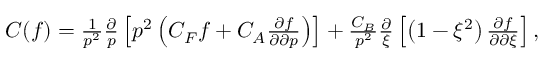
\begin{array} { r } { C ( f ) = \frac { 1 } { p ^ { 2 } } \frac { \partial } { p } \left[ p ^ { 2 } \left( C _ { F } f + C _ { A } \frac { \partial f } { \partial \partial p } \right) \right] + \frac { C _ { B } } { p ^ { 2 } } \frac { \partial } { \xi } \left[ \left( 1 - \xi ^ { 2 } \right) \frac { \partial f } { \partial \partial \xi } \right] , } \end{array}